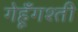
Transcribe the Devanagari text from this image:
गेहूँगश्ती